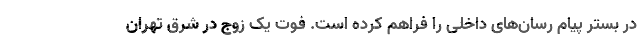
در بستر پیام رسان‌های داخلی را فراهم کرده است. فوت یک زوج در شرق تهران